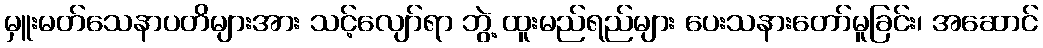
မှူးမတ်သေနာပတိများအား သင့်လျော်ရာ ဘွဲ့ ထူးမည်ရည်များ ပေးသနားတော်မူခြင်း၊ အဆောင်